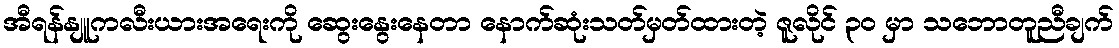
အီရန်နျူကလီးယားအရေးကို ဆွေးနွေးနေတာ နောက်ဆုံးသတ်မှတ်ထားတဲ့ ဇူလိုင် ၃၀ မှာ သဘောတူညီချက်